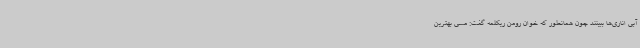
آبی اناری‌ها ببینند چون همانطور که خوان رومن ریکلمه گفت: مسی بهترین